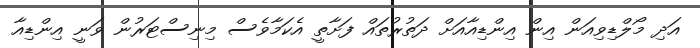
އަދި މޯލްޑިވިއަން އިން އިންޑިއާއަށް ދަތުރުތައް ފަށާތީ އެކަމާވެސް މިނިސްޓަރުން ވަނީ އިންޑިއާ